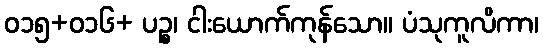
ဝ၁၅+၀၁၆+ ပဉ္စ၊ ငါးယောက်ကုန်သော။ ပံသုကူလိကာ၊